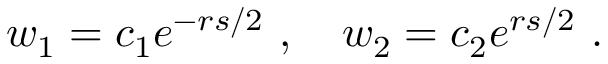
w _ { 1 } = c _ { 1 } e ^ { - r s / 2 } \ , \quad w _ { 2 } = c _ { 2 } e ^ { r s / 2 } \ .